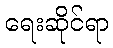
ရေးဆိုင်ရာ